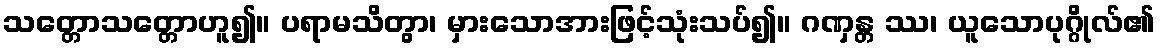
သတ္တောသတ္တောဟူ၍။ ပရာမသိတွာ၊ မှားသောအားဖြင့်သုံးသပ်၍။ ဂဏှန္တ ဿ၊ ယူသောပုဂ္ဂိုလ်၏